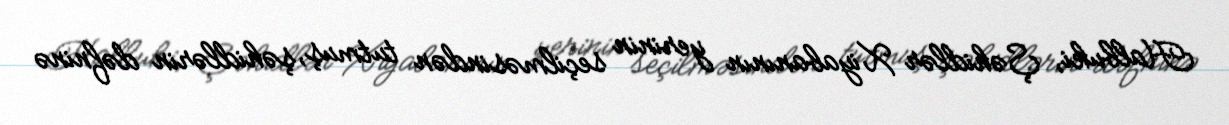
Halbuki, Şəhidlər Xiyabanının yerinin seçilməsindən tutmuş, şəhidlərin dəfninə